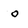
Character: o